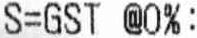
S=GST @0%: